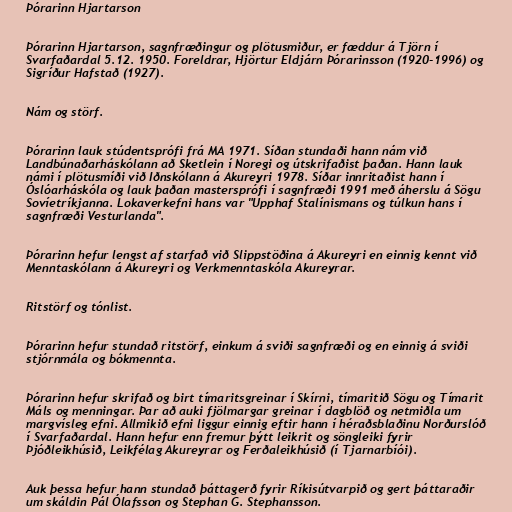
Þórarinn Hjartarson

Þórarinn Hjartarson, sagnfræðingur og plötusmiður, er fæddur á Tjörn í
Svarfaðardal 5.12. 1950. Foreldrar, Hjörtur Eldjárn Þórarinsson (1920-1996) og
Sigríður Hafstað (1927).

Nám og störf.

Þórarinn lauk stúdentsprófi frá MA 1971. Síðan stundaði hann nám við
Landbúnaðarháskólann að Sketlein í Noregi og útskrifaðist þaðan. Hann lauk
námi í plötusmíði við Iðnskólann á Akureyri 1978. Síðar innritaðist hann í
Óslóarháskóla og lauk þaðan mastersprófi í sagnfræði 1991 með áherslu á Sögu
Sovíetríkjanna. Lokaverkefni hans var "Upphaf Stalínismans og túlkun hans í
sagnfræði Vesturlanda".

Þórarinn hefur lengst af starfað við Slippstöðina á Akureyri en einnig kennt við
Menntaskólann á Akureyri og Verkmenntaskóla Akureyrar.

Ritstörf og tónlist.

Þórarinn hefur stundað ritstörf, einkum á sviði sagnfræði og en einnig á sviði
stjórnmála og bókmennta.

Þórarinn hefur skrifað og birt tímaritsgreinar í Skírni, tímaritið Sögu og Tímarit
Máls og menningar. Þar að auki fjölmargar greinar í dagblöð og netmiðla um
margvísleg efni. Allmikið efni liggur einnig eftir hann í héraðsblaðinu Norðurslóð
í Svarfaðardal. Hann hefur enn fremur þýtt leikrit og söngleiki fyrir
Þjóðleikhúsið, Leikfélag Akureyrar og Ferðaleikhúsið (í Tjarnarbíói).

Auk þessa hefur hann stundað þáttagerð fyrir Ríkisútvarpið og gert þáttaraðir
um skáldin Pál Ólafsson og Stephan G. Stephansson.